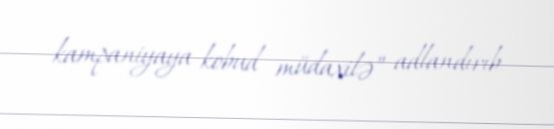
kampaniyaya kobud müdaxilə” adlandırıb.